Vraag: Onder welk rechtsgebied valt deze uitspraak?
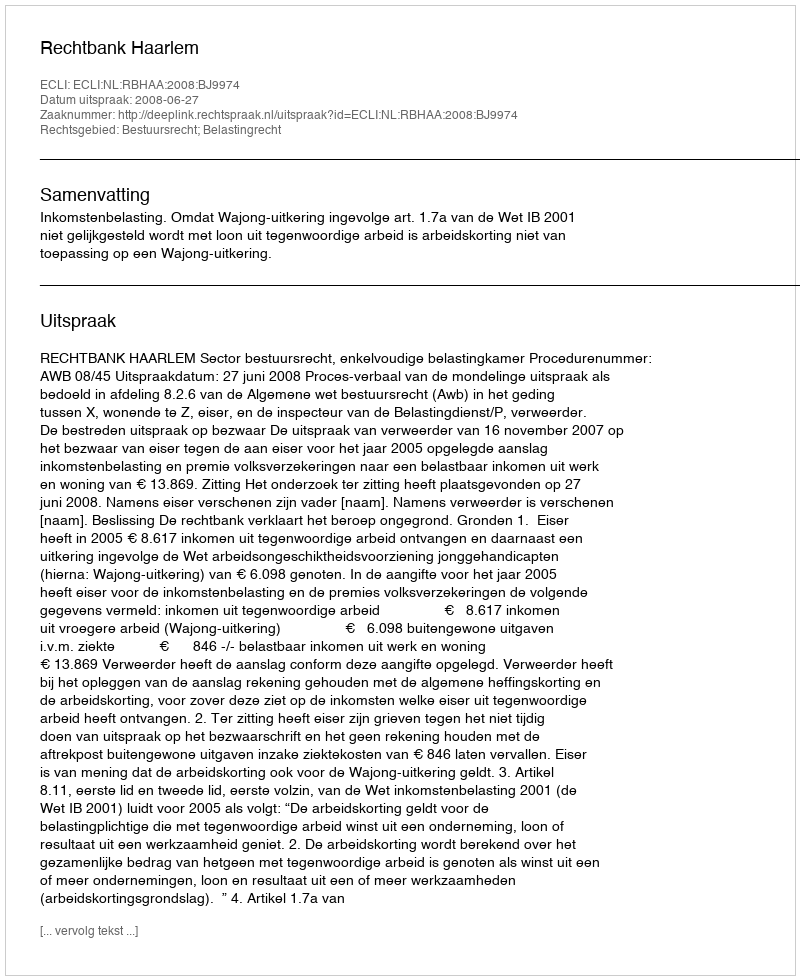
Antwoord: Bestuursrecht; Belastingrecht